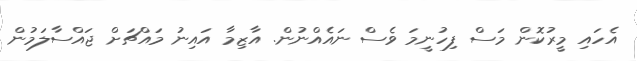
އެހައި މީރުކޮން މަސް ފިހުނީމަ ވެސް ނައެއްނުން. އާޒިމާ އައިނު މައްޗަށް ޖައްސާލަމުން